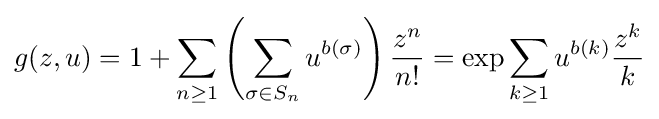
g(z,u)=1+\sum _{n\geq 1}\left(\sum _{\sigma \in S_{n}}u^{b(\sigma )}\right){\frac {z^{n}}{n!}}=\exp \sum _{k\geq 1}u^{b(k)}{\frac {z^{k}}{k}}